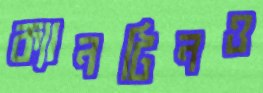
ক্যানটিনও